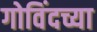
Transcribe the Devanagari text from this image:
गोविंदच्या